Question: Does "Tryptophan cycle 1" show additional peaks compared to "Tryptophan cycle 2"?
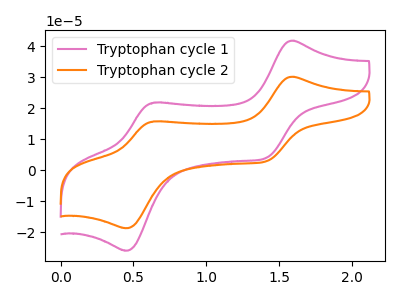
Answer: <think>The pink curve "Tryptophan cycle 1" has anodic peaks at (1.60V, 41.75uA) (0.65V, 21.75uA) and cathodic peaks at (1.40V, 3.95uA) (0.45V, -26.00uA). The orange curve "Tryptophan cycle 2" has anodic peaks at (1.60V, 30.10uA) (0.65V, 15.70uA) and cathodic peaks at (1.40V, 2.85uA) (0.45V, -18.75uA).
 All the peaks in "Tryptophan cycle 1" have a peak in "Tryptophan cycle 2" at the same potential.</think>
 <answer>No, "Tryptophan cycle 1" and "Tryptophan cycle 2" don't appear to be significantly different in shape</answer>
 <eval>no_change</eval>